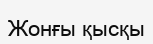
Жонғы қысқы